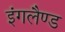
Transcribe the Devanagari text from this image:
इंगलैण्‍ड